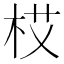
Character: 𱣏